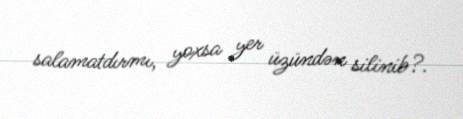
salamatdırmı, yoxsa yer üzündən silinib?.